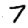
Digit: 7